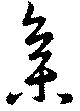
集